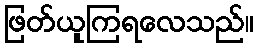
ဖြတ်ယူကြရလေသည်။